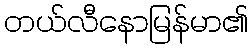
တယ်လီနောမြန်မာ၏